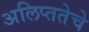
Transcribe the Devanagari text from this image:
अलिप्ततेचे